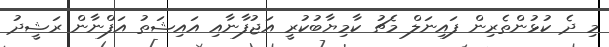
މި ދެ ކުޅުންތެރިން ފައިނަލް މެޗު ކާމިޔާބުކުރީ އަޖުފާނާއި އައިޝަތު އަފްނާން ރަޝީދު